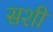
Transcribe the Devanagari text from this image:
सशी